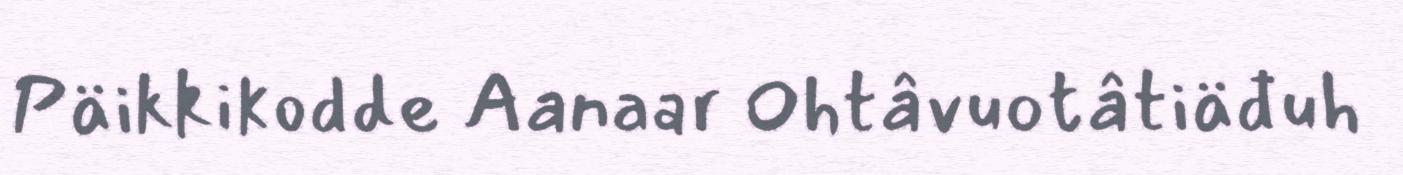
Päikkikodde Aanaar Ohtâvuotâtiäđuh